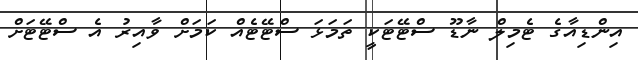
އިންޑިއާގެ ޓެމިލް ނާޑޫ ސްޓޭޓަކީ ތަމަޅަ ސްޓޭޓެއް ކަމަށް ވާއިރު އެ ސްޓޭޓަށް